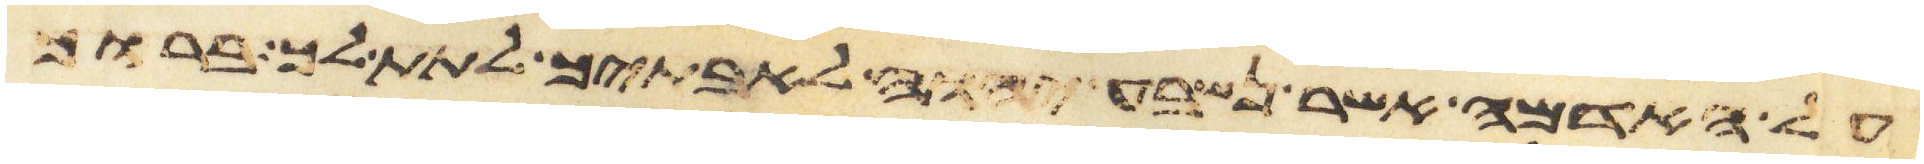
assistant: על האדמה אשר נשבע יהוה לאבתיך לתת לך ברוך